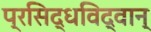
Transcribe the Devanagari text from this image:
प्रसिद्धविद्वान्